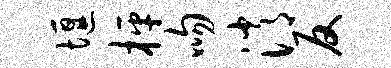
堰枰吻消反